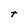
Character: t